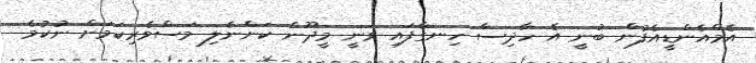
އެމްއެންޑީއެފުން ބުނީ އެ ހާދިސާ ހިނގާފައި ވަނީ މީދޫން ކަންނެލި މަސްވެރިކަމަށް ނުކުމެ